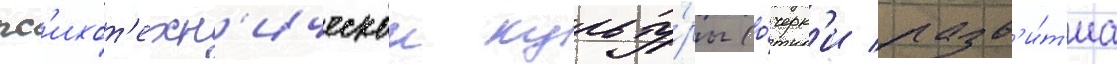
пс'ихот'ехн'ическои культу́ры (о́черк'и разв'и́т'иа